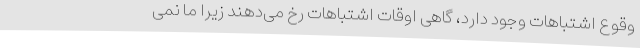
وقوع اشتباهات وجود دارد، گاهی اوقات اشتباهات رخ می‌دهند زیرا ما نمی